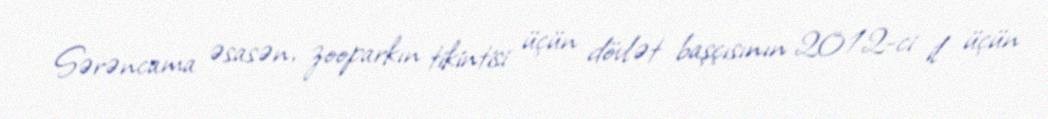
Sərəncama əsasən, zooparkın tikintisi üçün dövlət başçısının 2012-ci il üçün